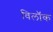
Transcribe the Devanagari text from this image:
विलॉक